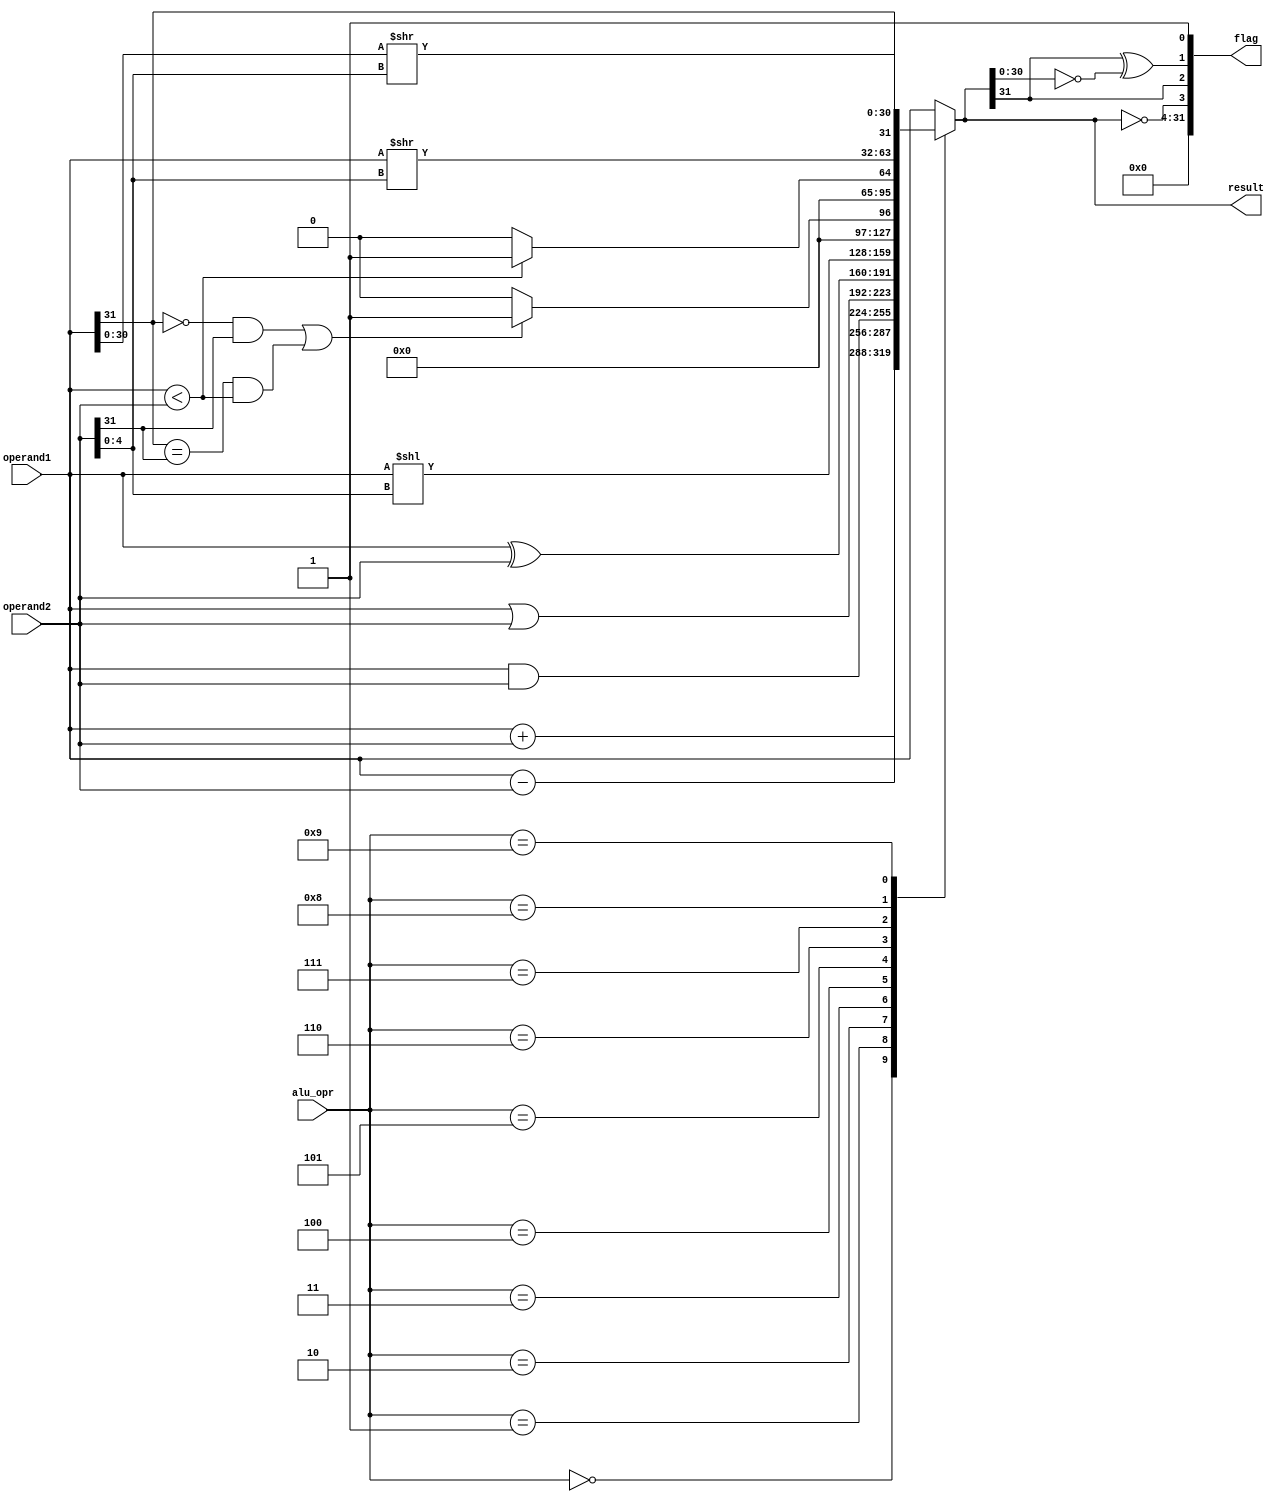
module alu(
  input           [3:0]     alu_opr,
  input           [31:0]    operand1,
  input           [31:0]    operand2,
  output   reg    [31:0]    result,
  output   wire   [31:0]    flag
);

  localparam      ADD     = 4'b 0000;
  localparam      SUB     = 4'b 0001;
  localparam      AND     = 4'b 0010;
  localparam      OR      = 4'b 0011;
  localparam      XOR     = 4'b 0100;
  localparam      SLL     = 4'b 0101;
  localparam      SLT     = 4'b 0110;
  localparam      SLTU    = 4'b 0111;
  localparam      SRL     = 4'b 1000;
  localparam      SRA     = 4'b 1001;
  localparam      ADD_S   = 4'b 1010;
  localparam      SUB_S   = 4'b 1011;


  always @(*) begin
    case(alu_opr)
      ADD: begin
        result = operand1 + operand2;
      end
      SUB: begin
        result = operand1 - operand2;
      end
      AND: begin
        result = operand1 & operand2; 
      end
      OR: begin
        result = operand1 | operand2; 
      end
      XOR: begin
        result = operand1 ^ operand2; 
      end
      SLL: begin
        result = operand1 << operand2[4:0]; 
      end
      SLT: begin
        if((operand1[31] == 1'b 0 && operand2[31]== 1'b 1) || (operand1[31] == operand2[31] && operand1 < operand2))begin
          result = 32'd 1; 
        end
        else begin
          result = 32'd 0; 
        end        
      end
      SLTU: begin
        if (operand1 < operand2) begin
          result = 32'd 1; 
        end
        else begin
          result = 32'd 0; 
        end    
      end
      SRL: begin
        result = operand1 >> operand2[4:0]; 
      end
      SRA: begin
        result = {operand1[31], (operand1[30:0] >> operand2[4:0])}; 
      end
      default: begin
        result = operand1;
      end
    endcase
  end

assign flag = {result==32'b 0, result[31], result[31]^result[30:0] == 31'b 0, 1'b 1};  // zero, negative, overload, valid
endmodule